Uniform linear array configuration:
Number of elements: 48
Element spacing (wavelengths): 0.5
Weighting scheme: cosine
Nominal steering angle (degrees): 60
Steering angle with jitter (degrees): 59.608
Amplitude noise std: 0.05
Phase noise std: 0.05

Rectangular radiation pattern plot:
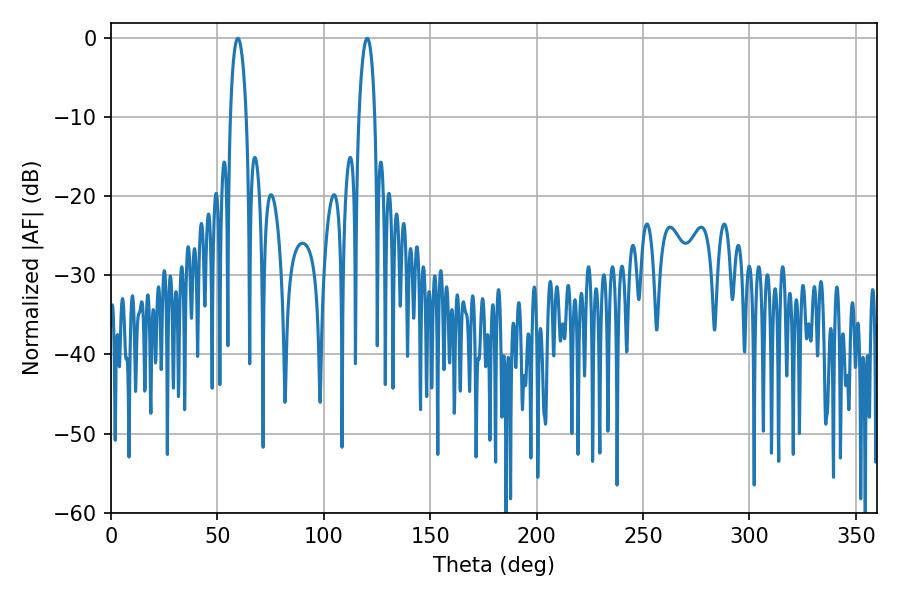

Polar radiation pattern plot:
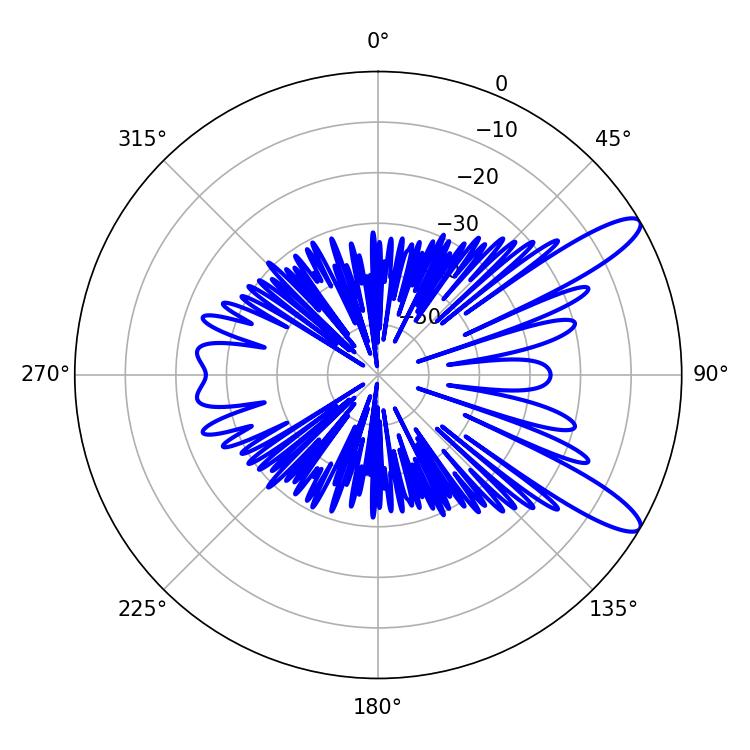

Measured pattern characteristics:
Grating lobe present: FALSE
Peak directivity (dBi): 11.517
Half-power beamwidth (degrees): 4.14
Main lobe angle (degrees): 59.58